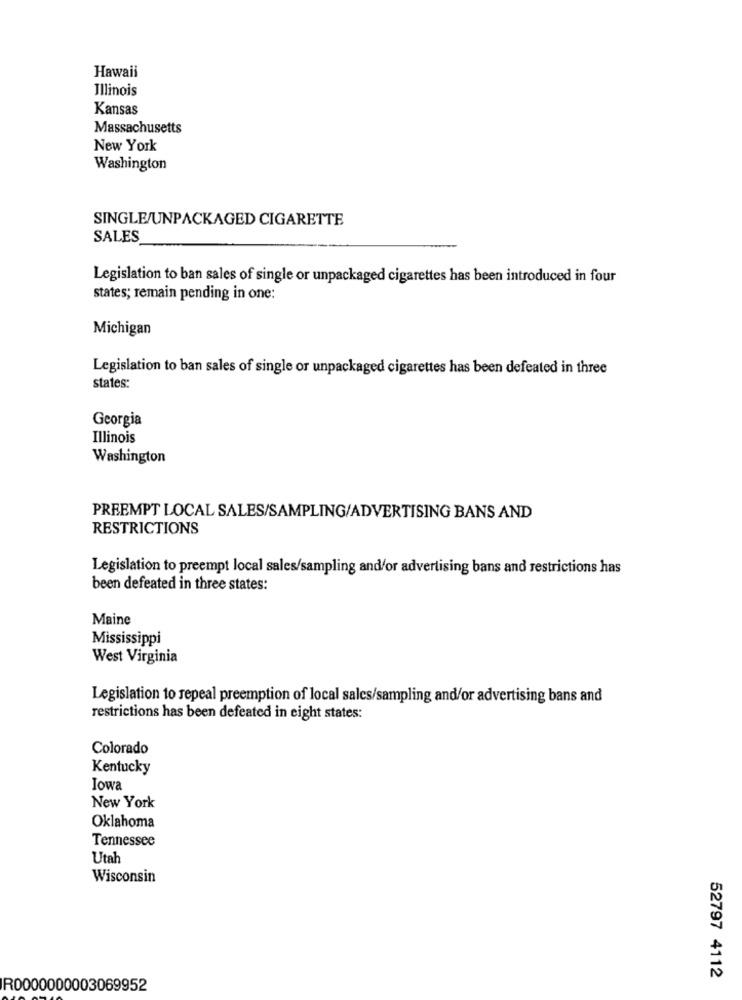
Hawaii
Illinois
Kansas
Massachusetts
New York
Washington
SINGLE/UNPACKAGED CIGARETTE
SALES
Legislation to ban sales of single or unpackaged cigarettes has been introduced in four
states; remain pending in one:
Michigan
Legislation to ban sales of single or unpackaged cigarettes has been defeated in three
states:
Georgia
Illinois
Washington
PREEMPT LOCAL SALES/SAMPLING/ADVERTISING BANS AND
RESTRICTIONS
Legislation to preempt local sales/sampling and/or advertising bans and restrictions has
been defeated in three states:
Maine
Mississippi
West Virginia
Legislation to repeal preemption of local sales/sampling and/or advertising bans and
restrictions has been defeated in eight states:
Colorado
Kentucky
Iowa
New York
Oklahoma
Tennessee
Utah
Wisconsin
52797 4112
R0000000003069952